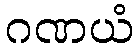
ဂဏယံ